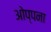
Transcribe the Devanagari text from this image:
ओप्पना